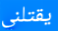
يقتلني